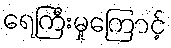
ရေကြီးမှုကြောင့်